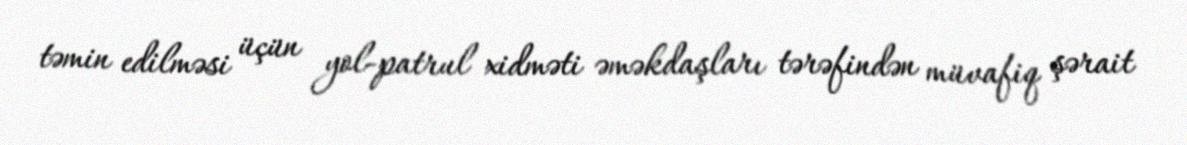
təmin edilməsi üçün yol-patrul xidməti əməkdaşları tərəfindən müvafiq şərait